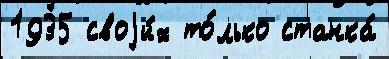
1935 своjи́х то́лько станка́